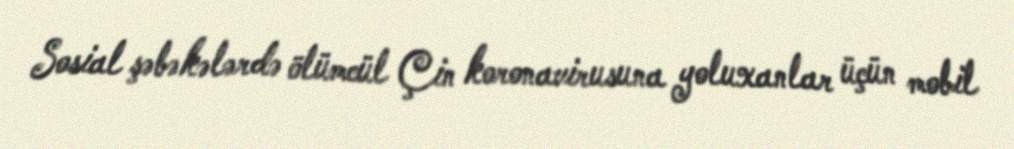
Sosial şəbəkələrdə ölümcül Çin koronavirusuna yoluxanlar üçün mobil